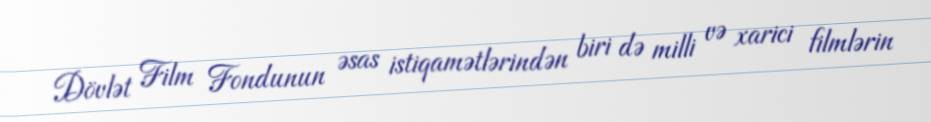
Dövlət Film Fondunun əsas istiqamətlərindən biri də milli və xarici filmlərin